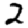
Digit: 2